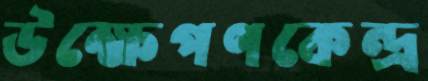
উক্ষেপণকেন্দ্র